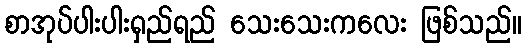
စာအုပ်ပါးပါးရှည်ရည် သေးသေးကလေး ဖြစ်သည်။